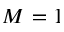
M = 1